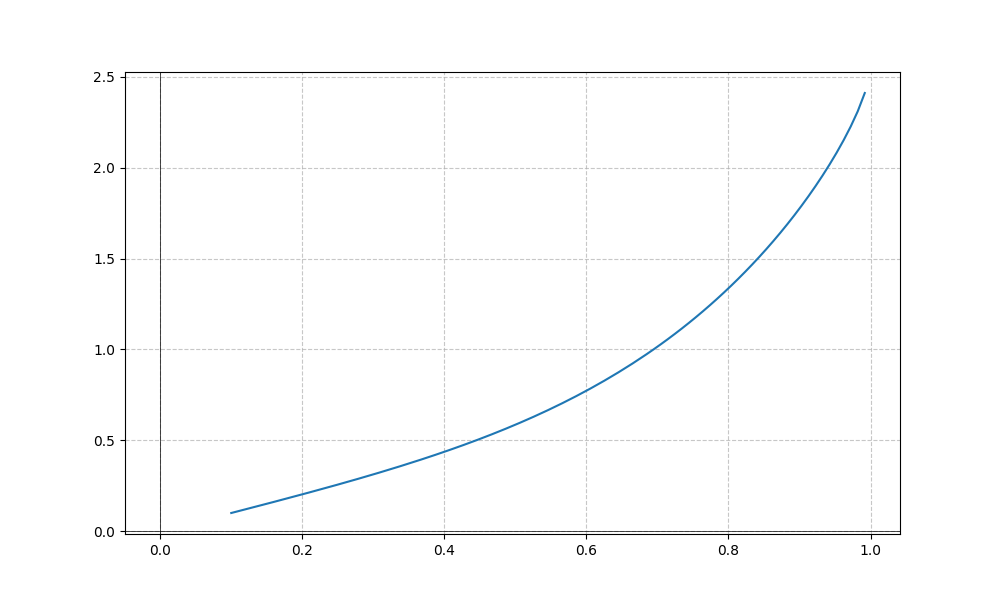
LaTeX formula: x^{4} + \operatorname{asin}{\left(x \right)}